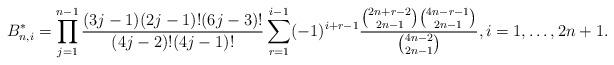
LaTeX: \begin{align*}B_{n,i}^* = \prod_{j=1}^{n-1} \frac{(3j-1)(2j-1)!(6j-3)!}{(4j-2)!(4j-1)!} \sum_{r=1}^{i-1}(-1)^{i+r-1}\frac{\binom{2n+r-2}{2n-1} \binom{4n-r-1}{2n-1}}{\binom{4n-2}{2n-1}}, i=1,\ldots,2n+1.\end{align*}